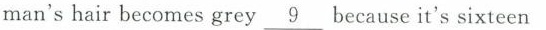
man'shair becomes grey \underline{9} because it's sixteen